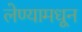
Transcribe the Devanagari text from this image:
लेण्यामधून